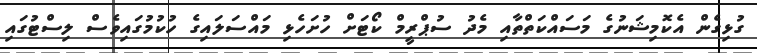
ގުޅިގެން އެކޮމިޝަނުގެ މަސައްކަތްތާއި މެދު ސުޕްރީމް ކޯޓަށް ހުށަހެޅި މައްސަލައިގެ ހުކުމުގައިވެސް ލިސްޓުގައި